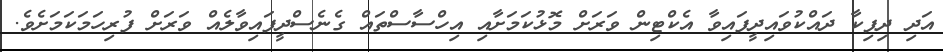
އަދި ދިޕިކާ ދައްކުވައިދީފައިވާ އެކްޓިން ވަރަށް މޮޅުކަމަށާއި އިހްސާސްތައް ގެނެސްދީފައިވާލެއް ވަރަށް ފުރިހަމަކަމަށެވެ.